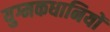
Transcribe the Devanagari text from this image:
युग्मकधानियों